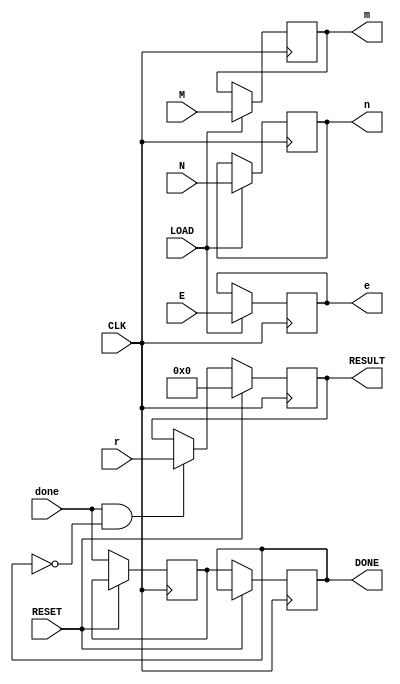
//MEMORY.v - memory interface for the hardware in project 3
//
//
///////////////////////////////////////////////////////////////////////////


`define BITS 128

module MEMORY(
	input			CLK,		// clock in
	input 			RESET,		// result memory reset
	input 			LOAD,		// load control 
	
	input  [`BITS-1:0]	M,		// message to load
	input  [`BITS-1:0]	E,		// exponent to load
	input  [`BITS-1:0]	N,		// modulous to load
		
	output reg [`BITS-1:0]	m,		// loaded message
	output reg [`BITS-1:0]	e,		// loaded exponent
	output reg [`BITS-1:0]	n,		// loaded modulous
	
	input [`BITS-1:0]	r,		// result input
	input 			done,		// done signal from hw
	
	output reg [`BITS-1:0]	RESULT,		// loaded result
	output reg		DONE		// loaded done
	);
	
	reg 			done1;		// temp 
		
	always @(posedge CLK) 
		if (LOAD) begin
			m <= M;
			e <= E;
			n <= N;
			end
			
	always @(posedge CLK) 
		if (RESET) RESULT <= 0;
		else begin
			done1 <= done;
			DONE <= done1;
			if (done && ~ DONE) RESULT <= r;
		end
	
endmodule